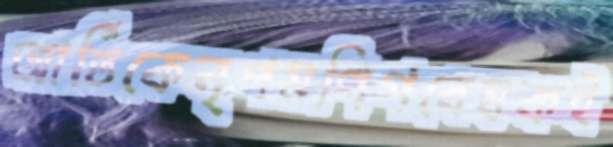
আর্তিকেনৃপমণিগবেষকই